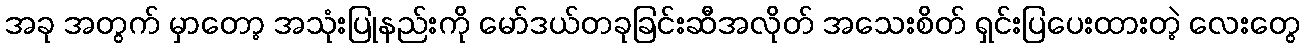
အခု အတွက် မှာတော့ အသုံးပြုနည်းကို မော်ဒယ်တခုခြင်းဆီအလိုတ် အသေးစိတ် ရှင်းပြပေးထားတဲ့ လေးတွေ